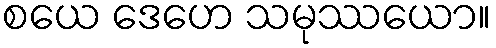
စယေ ဒေဟေ သမုဿယော။